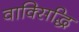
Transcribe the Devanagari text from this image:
वाक्सिद्धि